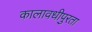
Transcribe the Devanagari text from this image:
कालावधीपुरता